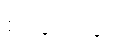
စင်ပေါ်တွင်